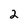
Character: 2